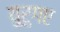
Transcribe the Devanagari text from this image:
युरुगए